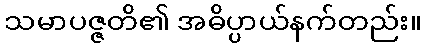
သမာပဇ္ဇတိ၏ အဓိပ္ပာယ်နက်တည်း။